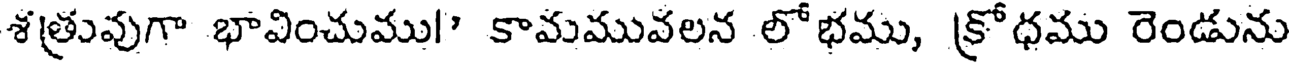
శత్రువుగా భావించుము!" కామమువలన లోభము, క్రోధము రెండును